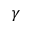
\gamma